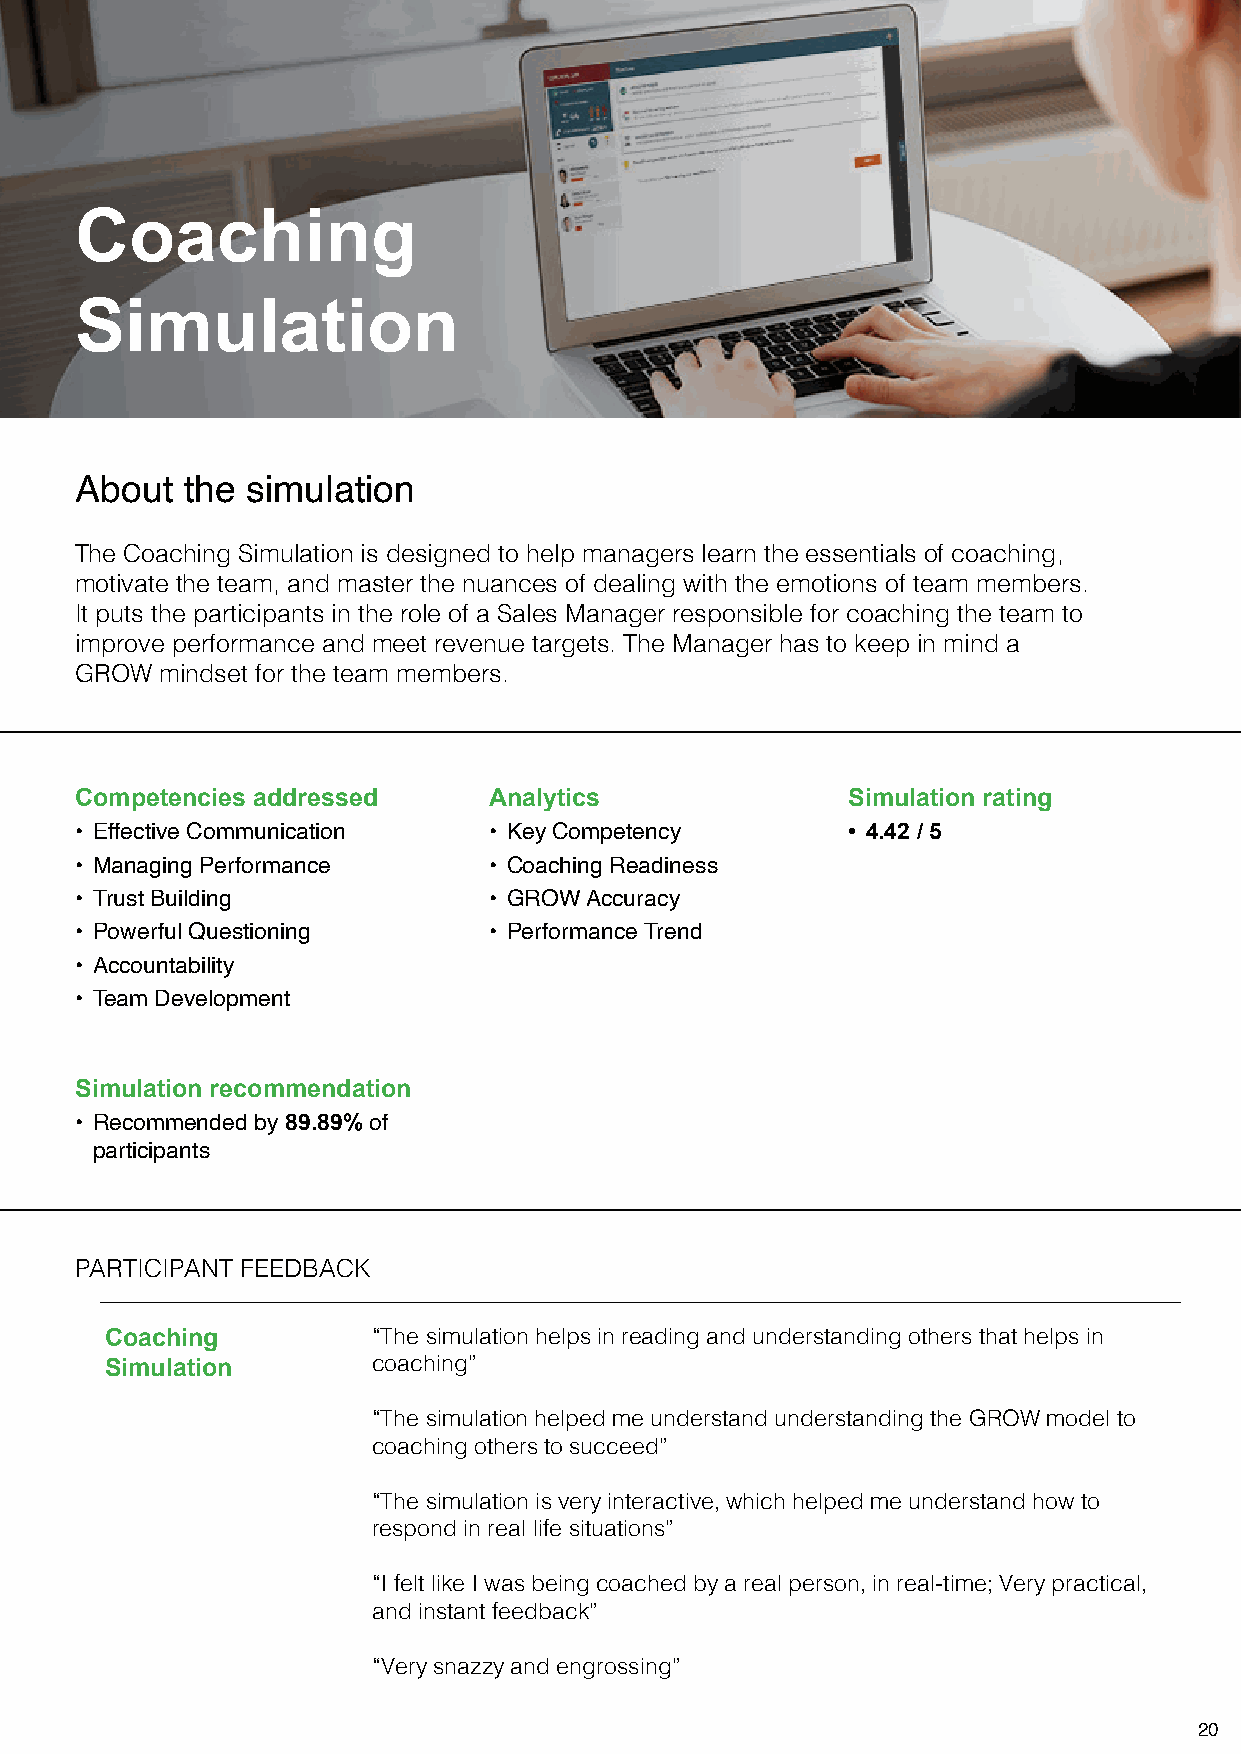
Coaching
 Simulation
 About  the simulation
 The Coaching Simulation is designed to help managers learn the essentials of coaching,
 motivate the team, and master the nuances of dealing with the emotions of team members.
 It puts the participants in the role of a Sales Manager responsible for coaching the team to
 improve performance and meet revenue targets. The Manager has to keep in mind a
 GROW  mindset for the team members.
 Competencies addressed     Analytics               Simulation rating
 • Effective Communication  • Key Competency        • 4.42 / 5
 • Managing Performance     • Coaching Readiness
 • Trust Building           • GROW Accuracy
 • Powerful Questioning     • Performance Trend
 • Accountability
 • Team Development
 Simulation recommendation
 • Recommended by 89.89% of
 participants
 PARTICIPANT FEEDBACK
 Coaching          “The simulation helps in reading and understanding others that helps in
 Simulation        coaching”
 “The simulation helped me understand understanding the GROW model to
 coaching others to succeed”
 “The simulation is very interactive, which helped me understand how to
 respond in real life situations”
 “I felt like I was being coached by a real person, in real-time; Very practical,
 and instant feedback”
 “Very snazzy and engrossing”
 20